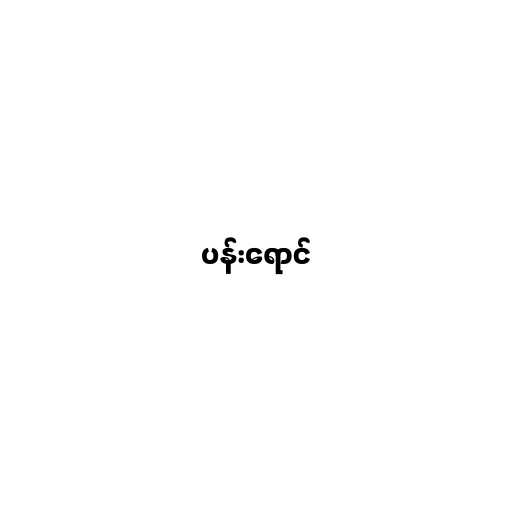
ပန်းရောင်